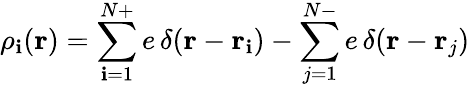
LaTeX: \rho_{\mathbf{i}}(\mathbf{{r}})=\sum_{\mathbf{i}=1}^{N+}e\, \delta(\mathbf{{r}}-\mathbf{{r}}_{\mathbf{i}})-\sum_{j=1}^{N-}e\, \delta(\mathbf{{r}}-\mathbf{{r}}_{j})